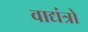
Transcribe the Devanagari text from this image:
वाद्यंत्रों